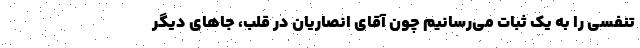
تنفسی را به یک ثبات می‌رسانیم چون آقای انصاریان در قلب، جاهای دیگر